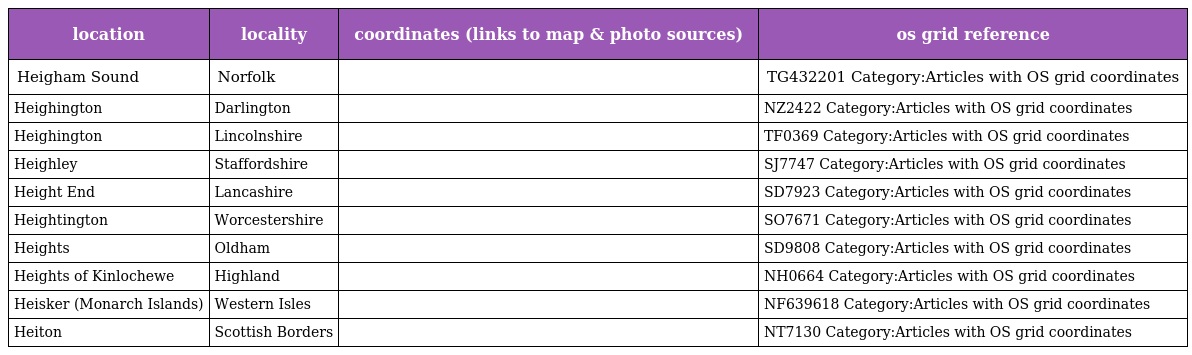
| location | locality | coordinates (links to map & photo sources) | os grid reference |
 | --- | --- | --- | --- |
 | Heigham Sound | Norfolk |  | TG432201 Category:Articles with OS grid coordinates |
 | Heighington | Darlington |  | NZ2422 Category:Articles with OS grid coordinates |
 | Heighington | Lincolnshire |  | TF0369 Category:Articles with OS grid coordinates |
 | Heighley | Staffordshire |  | SJ7747 Category:Articles with OS grid coordinates |
 | Height End | Lancashire |  | SD7923 Category:Articles with OS grid coordinates |
 | Heightington | Worcestershire |  | SO7671 Category:Articles with OS grid coordinates |
 | Heights | Oldham |  | SD9808 Category:Articles with OS grid coordinates |
 | Heights of Kinlochewe | Highland |  | NH0664 Category:Articles with OS grid coordinates |
 | Heisker (Monarch Islands) | Western Isles |  | NF639618 Category:Articles with OS grid coordinates |
 | Heiton | Scottish Borders |  | NT7130 Category:Articles with OS grid coordinates |